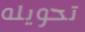
تحويله